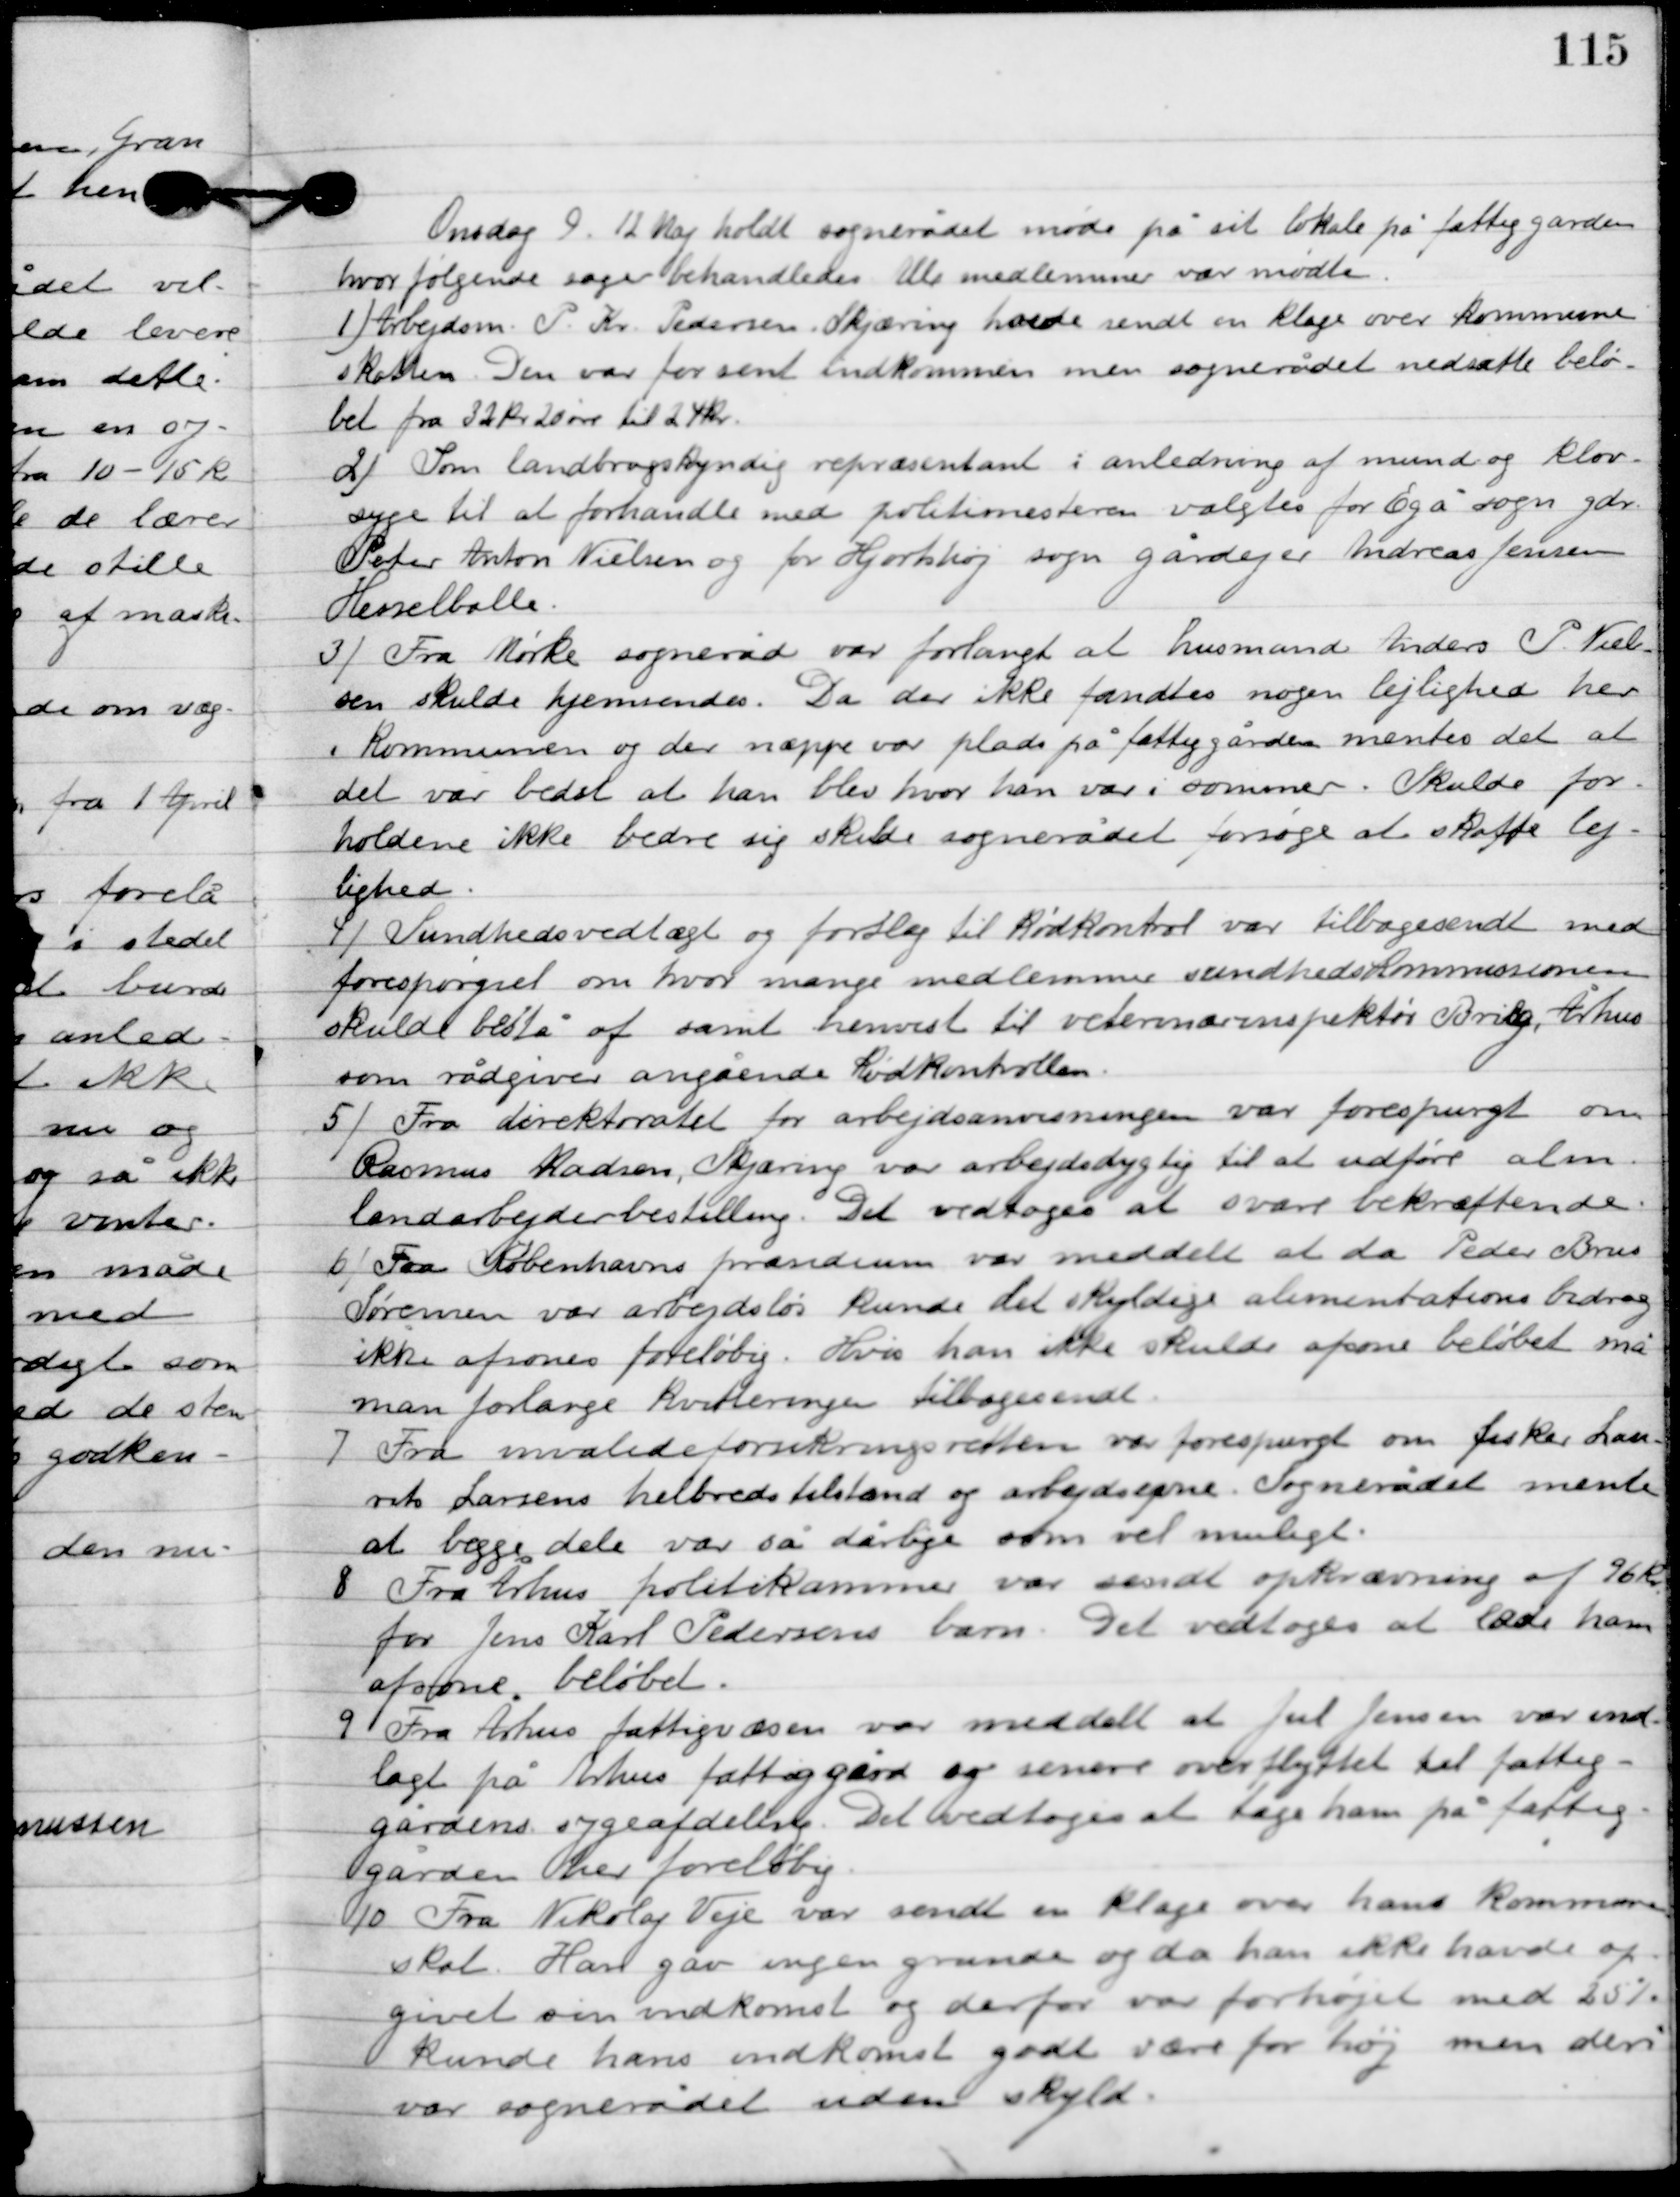
Transskription:
Onsdag D. 12. Maj holdt sognerådet møde på sit lokale på fattiggården,
hvor følgende sager behandledes. Alle med lemmer var mødte.

1

Arbejdsm. P. Kr. Pedersen, Skjæring havde sendt en klage over kommune
skatten. Den var for sent indkommen men sognerådet nedsatte belø-
bet fra 32 kr. 20 øre til 24 kr.

2

Som landbrugskyndig repræsentant i anledning af mund og klov-
syge til at forhandle med politimesteren valgtes for Egå sogn gdr.
Peter Anton Nielsen og for Hjortshøj sogn gårdejer Andreas Jensen
Hesselballe.

3

Fra Mørke sogneråd var forlangt at husmand Ander P. Niel-
sen skulde hjemsendes. Da der ikke fandtes nogen lejlighed her
i kommunen og der næppe var plads på fattiggården mentes det at
det var bedst at han blev hvor han var i sommer. Skulde for-
holdene ikke bedre sig skulde sognerådet forsøge at skaffe lej-
lighed.

4

Sundhedsvedtægt og forslag til kødkontrol var tilbagesendt med 
forespørgsel om hvor mange medlemmer sundhedskommunen 
skulle bestå af samt henvist til veterinærinspektør Brig, Århus 
som rådgiver angående kødkontrollen.

5

Fra direktoratet for arbejdsanvisningen var forespurgt om
Rasmus Madsen, Skjæring var arbejdsdygtig til at udføre alm.
landarbejderbestilling. Det vedtoges at svare bekræftende.

6

Fra Københavns præsidium  var meddelt at da Peder Brus
Sørens var arbejdsløs kunde det skyldes alimentationsbidrag
ikke afsones foreløbig. Hvis han ikke skulde afsone beløbet må
man forlange kvittering tilbagesendt.

7

Fra invalideforsikringsretten var forespurgt om fisker Lau-
rits Larsens helbredstilstand og arbejdsevne. Sognerådet mente
at begge dele var så dårlige som vel muligt.

8

Fra Århus politikammer var sendt opkrævning af 96 kr.
for Jens Karl Pedersens barn. Det vedtoges at lade ham
afsone beløbet.

9

Fra Århus fattigvæsen var meddelt at Jul Jensen var ind-
lagt på Århus fattiggård og senere overflyttet til fattig-
gårdes sygeafdeling. Det vedtoges at tage ham på fattig-
gården her foreløbig.

10

Fra Nikolaj Veje var sendt en klage over hans kommune-
skat. Han gav ingen grunde og da han ikke havde op-
givet sin indkomst og derfor var forhøjet med 25 %
kunde hans indkomst godt være for høj men deri
var sognerådet uden skyld.